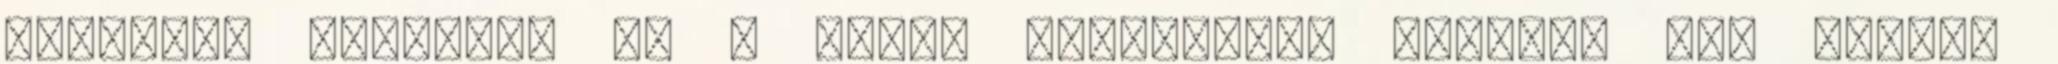
belteret ígértek, és a genfi beszámolók szerint úgy tűnik,